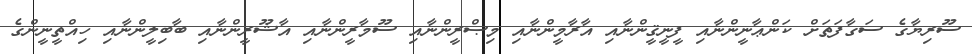
ސޫރިޔާގެ ސަގާފަތަށް ކަންޢާނީންނާއި ފީނީޤީންނާއި އާރާމީންނާާއި މިޞްރީންނާއި ސޫމާރީންނާއި އާޝޫރީންނާއި ބާބިލީންނާއި ހިއްތީނީންގެ